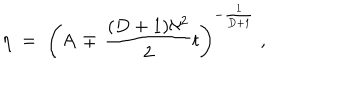
\eta \; = \; \left( A \, \mp \, \frac { ( D + 1 ) \aleph ^ { 2 } } { 2 } t \right) ^ { - \frac { 1 } { D + 1 } } \; ,